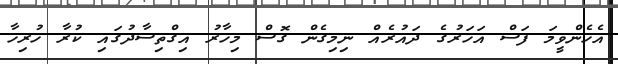
އެހެންވީމަ ފަސް އަހަރުގެ ދައުރެއް ނިމިގެން ގޮސް މިހާރު އިގްތިސާދުގައި ކުރާ ހުރިހާ